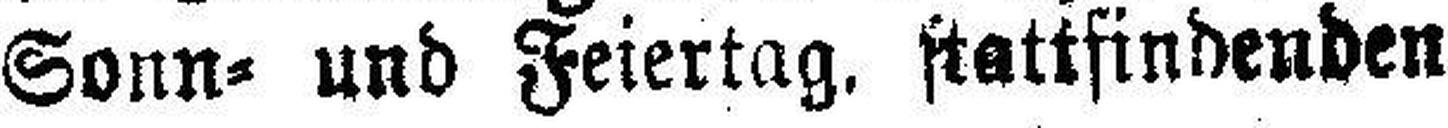
Sonn= und Feiertag, stattfindenden